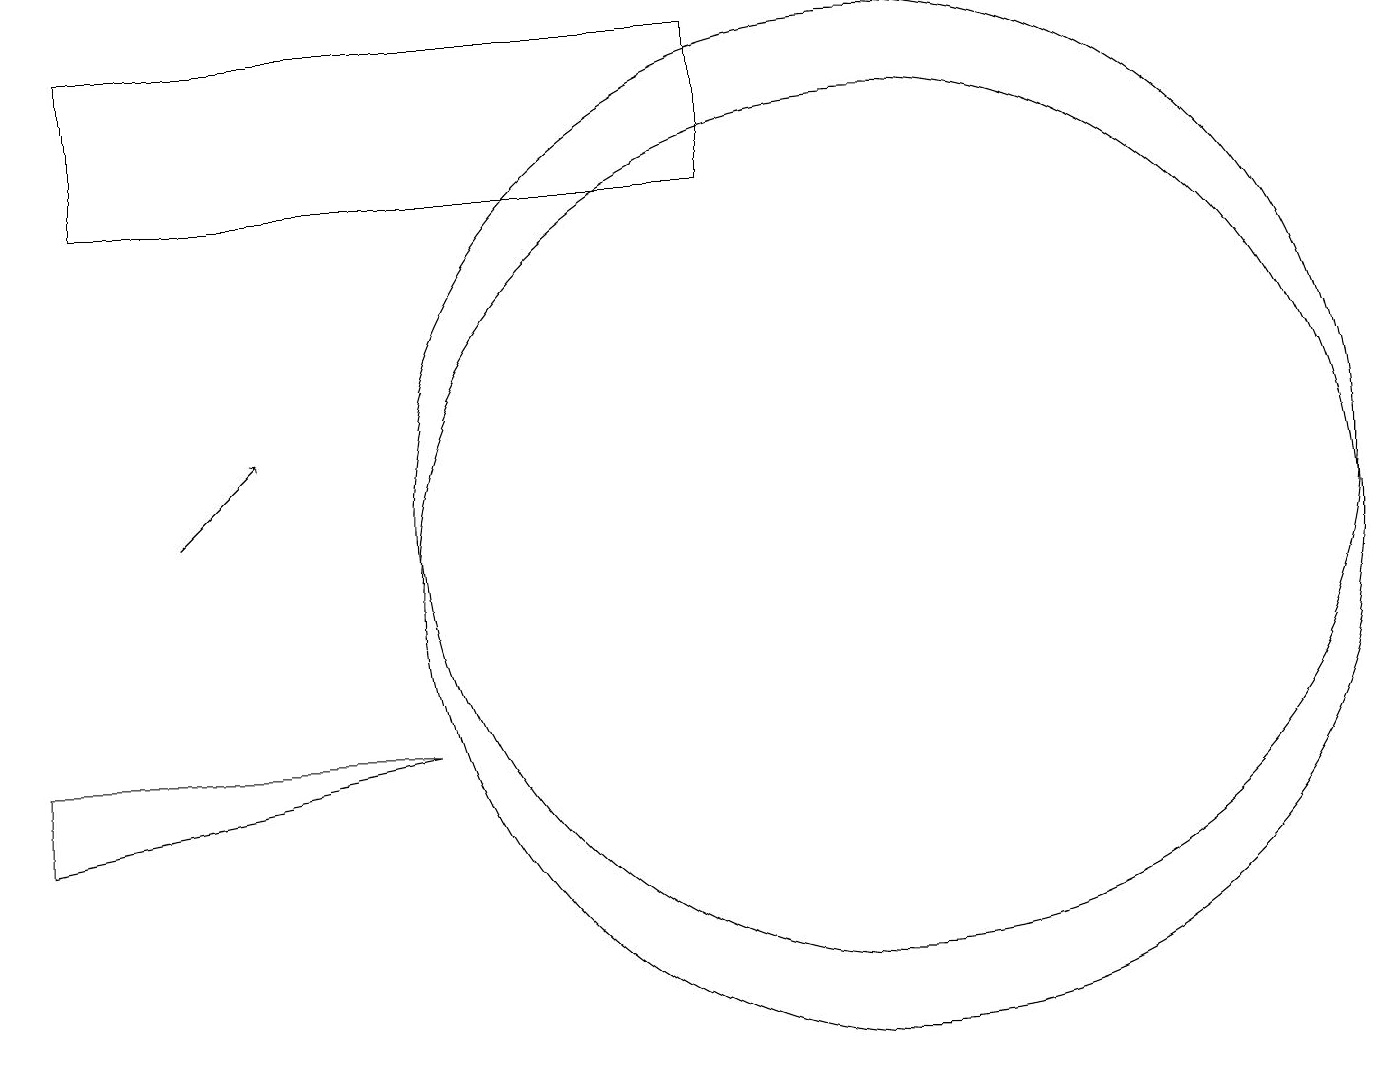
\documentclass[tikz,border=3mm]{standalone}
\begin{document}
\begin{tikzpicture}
\draw (11,11) circle (6);
\draw[->] (2,11) -- (3,12);
\draw (0,7) -- (5,8) -- (0,8) -- cycle;
\draw (11,10) circle (6);
\draw (1,15) rectangle (9,17);
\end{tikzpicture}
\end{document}